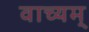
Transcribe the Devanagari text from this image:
वाच्यम्